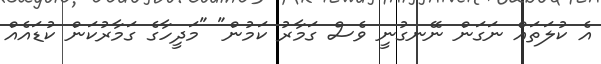
އެ ކުލަތައް ނަގަން ނޭނގުނީ ވެސް ގަމާރު ކަމުން" "މަދީހާގެ ގަމާރުކަން ކުޑައެއް